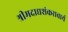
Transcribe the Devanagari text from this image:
श्रीमदाद्यशंकराचार्य